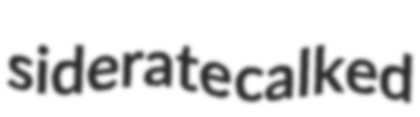
siderate calked